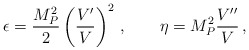
\begin{align*}\epsilon = \frac{M_P^2}{2}\left(\frac{V'}{ V}\right)^2\,,\qquad \eta = M_P^2\frac{V''}{V}\,,\end{align*}